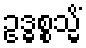
ဥဒ္ဓစ္စသ္မိံ